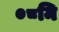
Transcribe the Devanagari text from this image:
०८मि